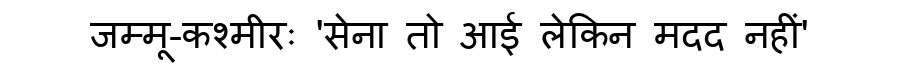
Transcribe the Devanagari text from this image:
जम्मू-कश्मीरः 'सेना तो आई लेकिन मदद नहीं'